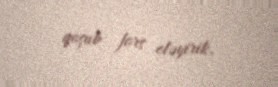
qoşub fors eləyirik.